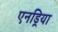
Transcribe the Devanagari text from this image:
एनड्रिया